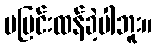
မပြင်းထန်ခဲ့ပါဘူး။